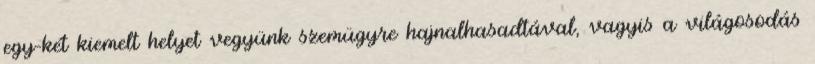
egy-két kiemelt helyet vegyünk szemügyre hajnalhasadtával, vagyis a világosodás